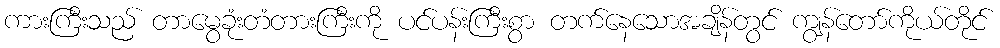
ကားကြီးသည် တာမွေခုံးတံတားကြီးကို ပင်ပန်းကြီးစွာ တက်နေသောအချိန်တွင် ကျွန်တော်ကိုယ်တိုင်